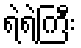
ရဲရဲကြီး